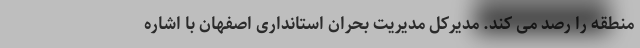
منطقه را رصد می کند. مدیرکل مدیریت بحران استانداری اصفهان با اشاره